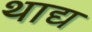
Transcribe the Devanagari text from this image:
थाद्य